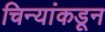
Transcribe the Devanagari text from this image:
चिन्यांकडून